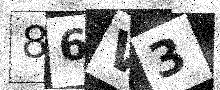
Text: 86V3